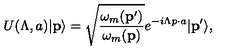
U ( \Lambda , a ) \vert { \bf p } \rangle = \sqrt { { \frac { \omega _ { m } ( { \bf p } ^ { \prime } ) } { \omega _ { m } ( { \bf p } ) } } } e ^ { - i \Lambda p \cdot a } \vert { \bf p } ^ { \prime } \rangle ,